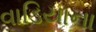
વાડિયાના